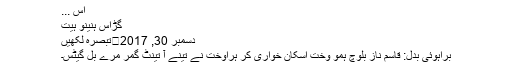
اس ...
گڑاس ہنینو ہیت
دسمبر 30, 2017	تبصرہ لکھیں
براہوئی بدل: قاسم ناز بلوچ ہمو وخت اِسکان خواری کر ہراوخت نے تینے آ تینٹ گمر مرے بل گیٹس۔